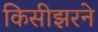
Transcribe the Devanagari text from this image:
किसीझरने